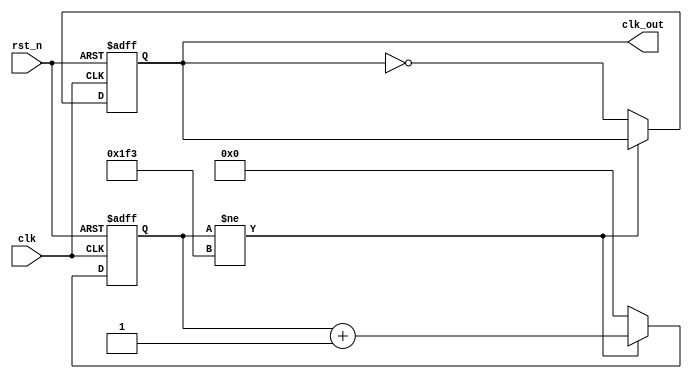
//-----------------------------------------------------------
// Creator : PeilinWu
// Function: 1000 frequency divider
//-----------------------------------------------------------

module freq1000_divider (
    input [0:0] clk, rst_n,
    output reg [0:0] clk_out
);

reg [8:0] count;

always @(posedge clk or negedge rst_n)
begin
    if (!rst_n) begin
        count <= 0;
        clk_out <= 0;
    end
    else if (count != 499)
        count <= count + 1;
    else begin
        count <= 0;
        clk_out <= ~clk_out;
    end
end

endmodule